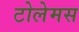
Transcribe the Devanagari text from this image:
टोलेमस